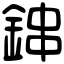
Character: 鋛